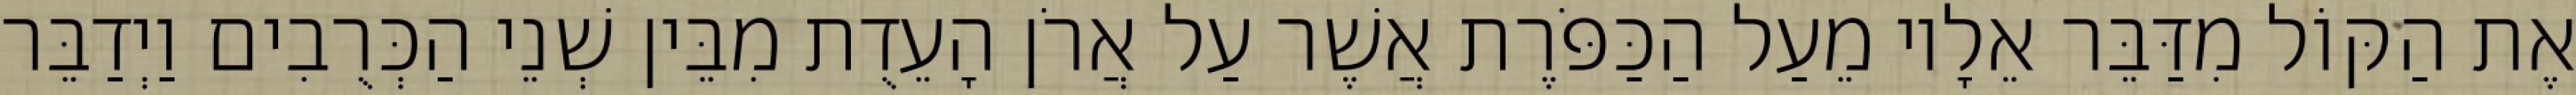
אֶת הַקּוֹל מִדַּבֵּר אֵלָיו מֵעַל הַכַּפֹּרֶת אֲשֶׁר עַל אֲרֹן הָעֵדֻת מִבֵּין שְׁנֵי הַכְּרֻבִים וַיְדַבֵּר